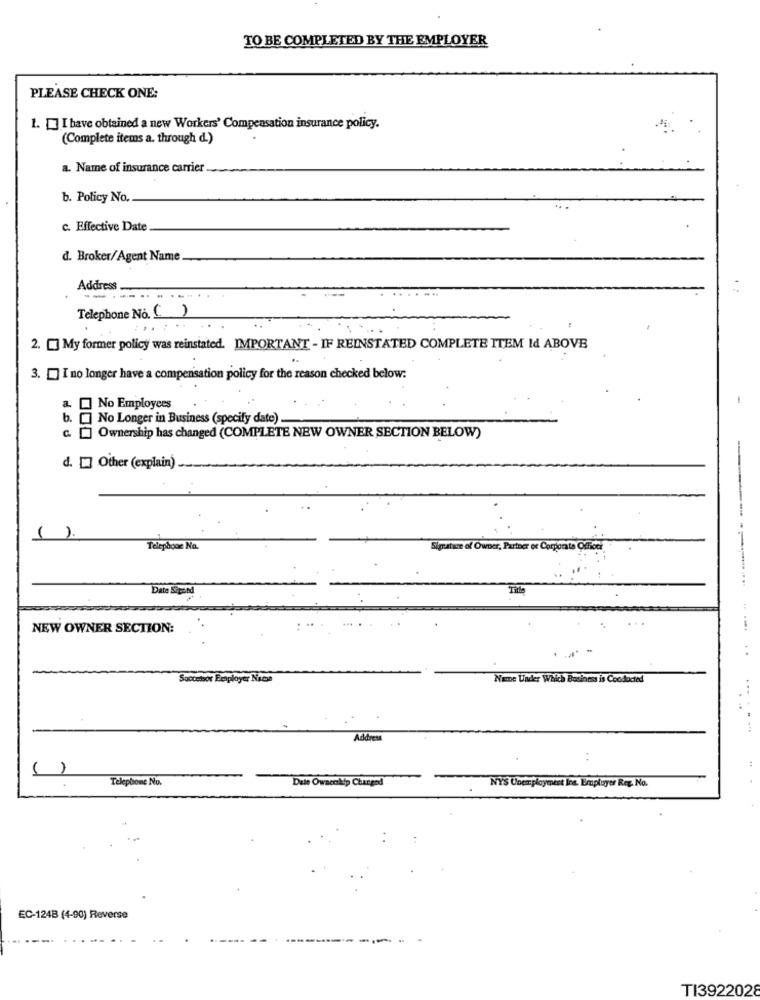
TO BE COMPLETED BY THE EMPLOYER
PLEASE CHECK ONE:
1. I have obtained a new Workers' Compensation insurance policy.
(Complete items a. through d.)
a. Name of insurance carrier
b. Policy No.
c. Effective Date
d. Broker/Agent Name
Address
-..
--.
Telephone No. ()
2. [] My former policy was reinstated. IMPORTANT - IF REINSTATED COMPLETE ITEM Id ABOVE
3. [] I no longer have a compensation policy for the reason checked below:
No Employees
b. [ No Longer in Business (specify date).
c. [] Ownership has changed (COMPLETE NEW OWNER SECTION BELOW)
d. [] Other (explain)
( ).
Telepacor Na.
Signature of Owner, Partner of Corporate Office
Date Sigoed
NEW OWNER SECTION:
Sactensor Eenployer Nacs
Name Under Which Business is Conducted
Address
. .
1
Telephone No.
Date Owaenkip Changed
NYS Unemployment Ins. Employer Reg. No.
EC-124B (4-90) Reverse
TI3922028